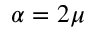
\alpha = 2 \mu